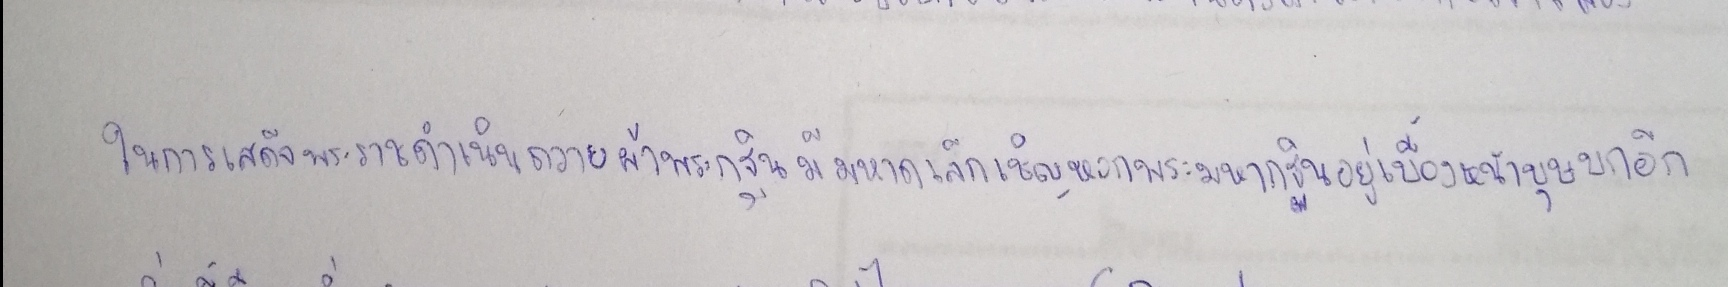
ในการเสด็จพระราชดำเนินถวายผ้าพระกฐินมีมหาดเล็กเชิญหอกพระมหากฐินอยู่เบื้องหน้าบุษบกอีก